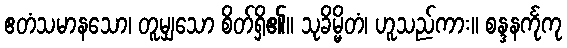
ဧတံသမာနသော၊ တူမျှသော စိတ်ရှိ၏။ သုခိမ္မိတံ၊ ဟူသည်ကား။ စန္ဒနင်္ကုကု